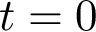
t = 0